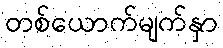
တစ်ယောက်မျက်နှာ